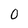
Character: 0